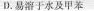
D .易溶于水及甲苯